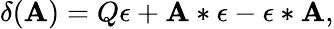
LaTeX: \delta(\mathbf{A})=Q\epsilon+\mathbf{A}*\epsilon-\epsilon*\mathbf{A},